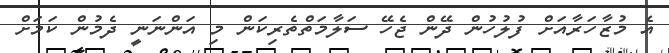
އެ މުޒާހަރާއަށް ފުލުހުން ދޭން ޖެހޭ ސަލާމަތްތެރިކަން މި އަންނަނީ ދެމުން ކަމަށް